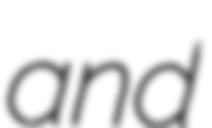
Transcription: and